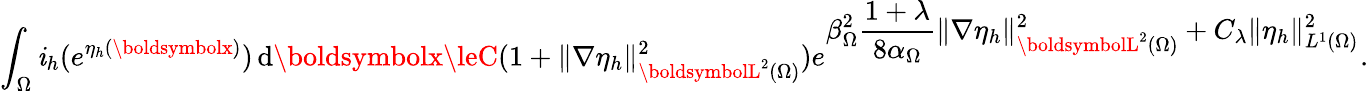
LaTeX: \int_{\Omega}\mathit{i}_{h}(e^{\eta_{h}({\boldsymbolx})})\, \mathrm{{d}}{\boldsymbolx}\leC(1+\| \nabla\eta_{h}\| _{{\boldsymbolL}^{2}(\Omega)}^{2})e^{\displaystyle\beta_{\Omega}^{2}\frac{{1+\lambda}}{{8\alpha_{\Omega}}}\| \nabla\eta_{h}\| _{{\boldsymbolL}^{2}(\Omega)}^{2}+C_{\lambda}\| \eta_{h}\| _{L^{1}(\Omega)}^{2}}.